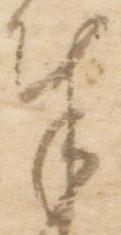
奉